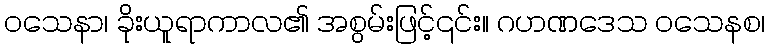
ဝသေနာ၊ ခိုးယူရာကာလ၏ အစွမ်းဖြင့်၎င်း။ ဂဟဏဒေသ ဝသေနစ၊